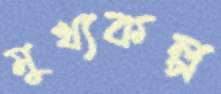
মুখ্যকল্প